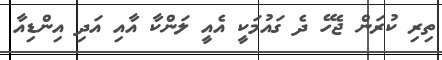
ތިރި ކުރަން ޖެހޭ ދެ ގައުމަކީ އެއީ ލަންކާ އާއި އަދި އިންޑިއާ